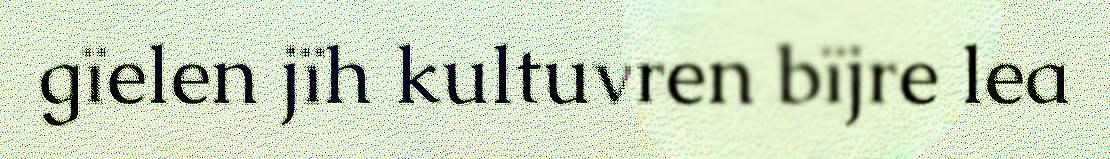
gïelen jïh kultuvren bïjre lea